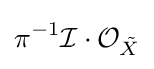
\pi ^{-1}{\mathcal {I}}\cdot {\mathcal {O}}_{\tilde {X}}